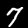
Digit: 7